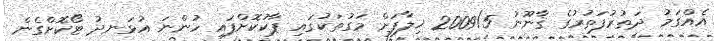
އެއްގަމު ދަތުރުފަތުރުގެ ޤާނޫނު 2009/5 ޚިލާފަށް މަގުތަކުގައި ޕާކުކޮށްފައި ހުންނަ އުޅަނދު ޓޯކޮށްގެން